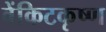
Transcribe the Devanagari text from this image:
वेंकिटकृष्ण